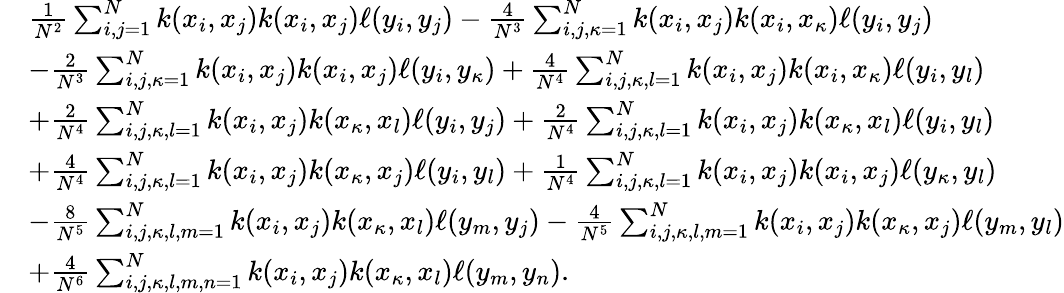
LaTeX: \begin{array}{rl}&{\frac{1}{N^{2}}\sum_{i,j=1}^{N}k(x_{i},x_{j})k(x_{i},x_{j})\ell(y_{i},y_{j})-\frac{4}{N^{3}}\sum_{i,j,\kappa=1}^{N}k(x_{i},x_{j})k(x_{i},x_{\kappa})\ell(y_{i},y_{j})}\\ &{-\frac{2}{N^{3}}\sum_{i,j,\kappa=1}^{N}k(x_{i},x_{j})k(x_{i},x_{j})\ell(y_{i},y_{\kappa})+\frac{4}{N^{4}}\sum_{i,j,\kappa,l=1}^{N}k(x_{i},x_{j})k(x_{i},x_{\kappa})\ell(y_{i},y_{l})}\\ &{+\frac{2}{N^{4}}\sum_{i,j,\kappa,l=1}^{N}k(x_{i},x_{j})k(x_{\kappa},x_{l})\ell(y_{i},y_{j})+\frac{2}{N^{4}}\sum_{i,j,\kappa,l=1}^{N}k(x_{i},x_{j})k(x_{\kappa},x_{l})\ell(y_{i},y_{l})}\\ &{+\frac{4}{N^{4}}\sum_{i,j,\kappa,l=1}^{N}k(x_{i},x_{j})k(x_{\kappa},x_{j})\ell(y_{i},y_{l})+\frac{1}{N^{4}}\sum_{i,j,\kappa,l=1}^{N}k(x_{i},x_{j})k(x_{i},x_{j})\ell(y_{\kappa},y_{l})}\\ &{-\frac{8}{N^{5}}\sum_{i,j,\kappa,l,m=1}^{N}k(x_{i},x_{j})k(x_{\kappa},x_{l})\ell(y_{m},y_{j})-\frac{4}{N^{5}}\sum_{i,j,\kappa,l,m=1}^{N}k(x_{i},x_{j})k(x_{\kappa},x_{j})\ell(y_{m},y_{l})}\\ &{+\frac{4}{N^{6}}\sum_{i,j,\kappa,l,m,n=1}^{N}k(x_{i},x_{j})k(x_{\kappa},x_{l})\ell(y_{m},y_{n}).}\end{array}